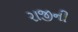
રાજીની